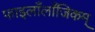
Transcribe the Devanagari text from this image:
फाइलाँलाँजिकम्